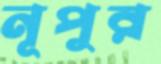
নূপুর